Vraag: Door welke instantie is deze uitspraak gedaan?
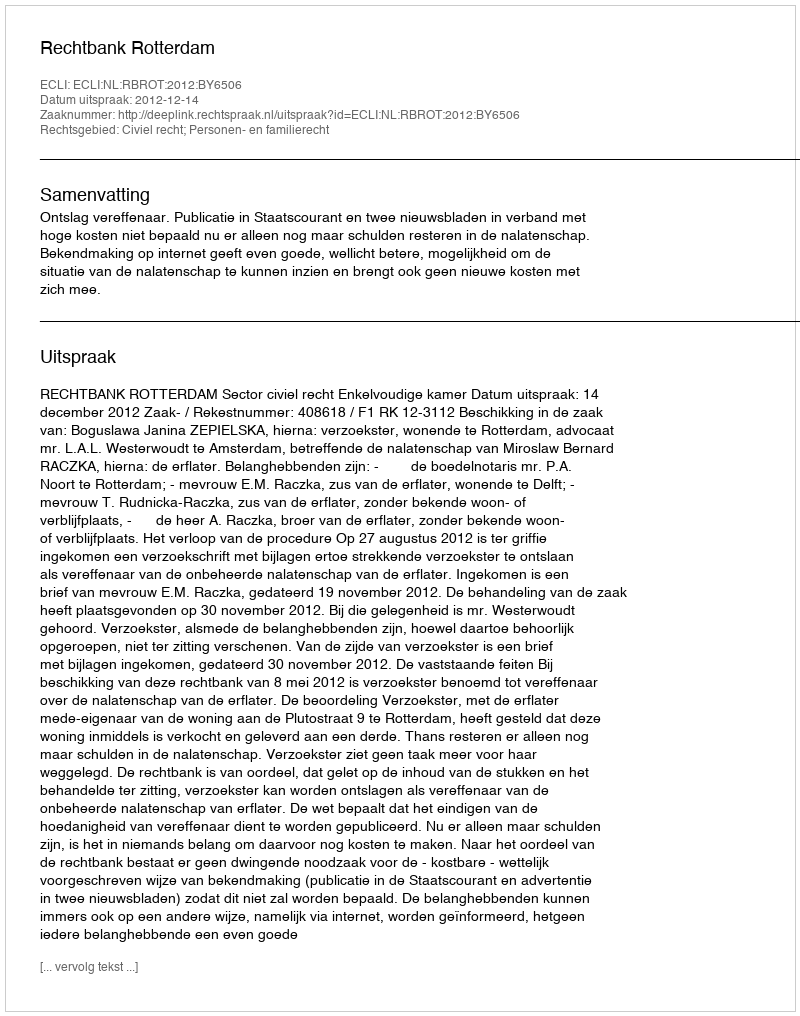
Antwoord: Rechtbank Rotterdam